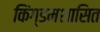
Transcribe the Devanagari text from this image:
किंग्डमशासित